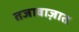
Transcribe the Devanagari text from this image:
तजावाज़ात